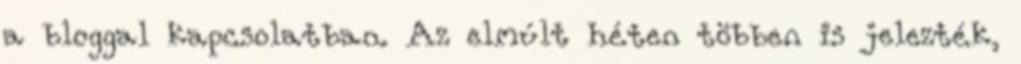
a bloggal kapcsolatban. Az elmúlt héten többen is jelezték,